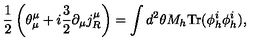
\frac { 1 } { 2 } \left( \theta _ { \mu } ^ { \mu } + i \frac { 3 } { 2 } \partial _ { \mu } j _ { R } ^ { \mu } \right) = \int d ^ { 2 } \theta M _ { h } \mathrm { T r } ( \phi _ { h } ^ { i } \phi _ { h } ^ { i } ) ,